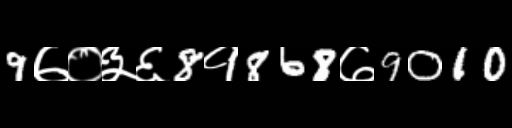
Text: 9७०३६8१868७9010